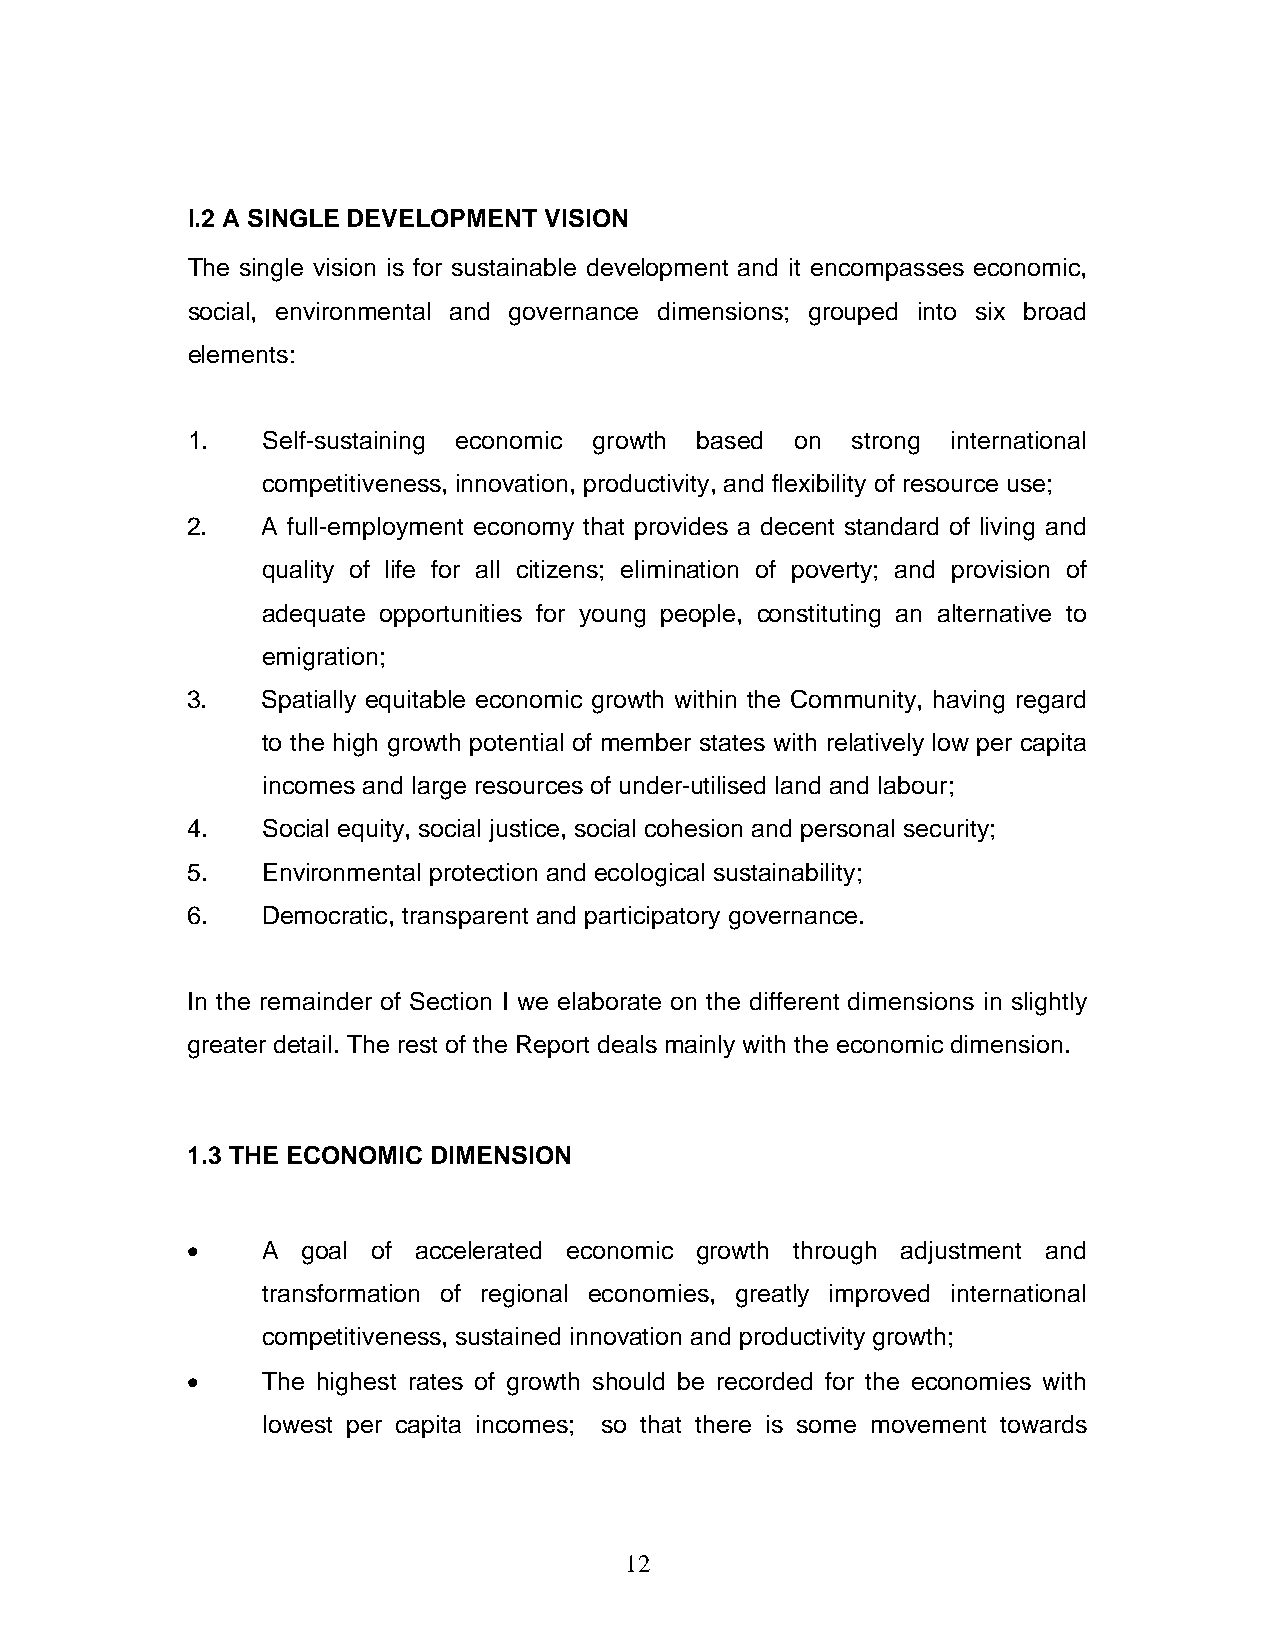
I.2 A SINGLE DEVELOPMENT VISION
 The single vision is for sustainable development and it encompasses economic,
 social, environmental and governance dimensions; grouped into six broad
 elements:
 1.   Self-sustaining economic growth based on strong international
 competitiveness, innovation, productivity, and flexibility of resource use;
 2.   A full-employment economy that provides a decent standard of living and
 quality of life for all citizens; elimination of poverty; and provision of
 adequate opportunities for young people, constituting an alternative to
 emigration;
 3.   Spatially equitable economic growth within the Community, having regard
 to the high growth potential of member states with relatively low per capita
 incomes and large resources of under-utilised land and labour;
 4.   Social equity, social justice, social cohesion and personal security;
 5.   Environmental protection and ecological sustainability;
 6.   Democratic, transparent and participatory governance.
 In the remainder of Section I we elaborate on the different dimensions in slightly
 greater detail. The rest of the Report deals mainly with the economic dimension.
 1.3 THE ECONOMIC DIMENSION
 •    A  goal of accelerated economic growth through adjustment and
 transformation of regional economies, greatly improved international
 competitiveness, sustained innovation and productivity growth;
 •    The highest rates of growth should be recorded for the economies with
 lowest per capita incomes; so that there is some movement towards
 12